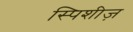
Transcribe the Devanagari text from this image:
स्पिशीज़